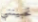
تحبينني